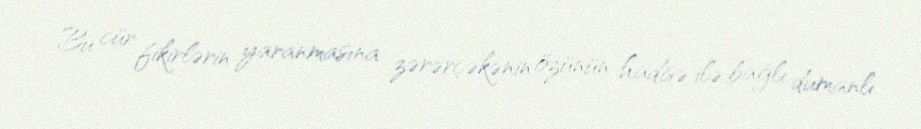
Bu cür fikirlərin yaranmasına zərərçəkənin özünün hadisə ilə bağlı dumanlı